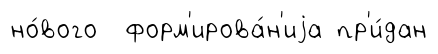
но́вого форм'ирова́н'иjа пр'и́дан